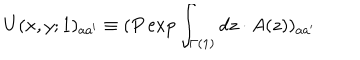
LaTeX: U ( x , y ; 1 ) _ { a a ^ { \prime } } \equiv ( P \exp \int _ { \Gamma ( 1 ) } d z \cdot A ( z ) ) _ { a a ^ { \prime } }